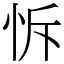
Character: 𢘛